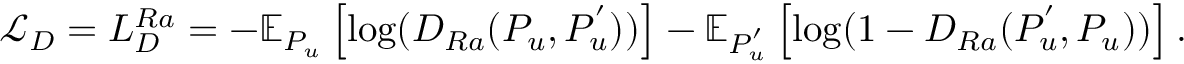
\mathcal { L } _ { D } = L _ { D } ^ { R a } = - \mathbb { E } _ { P _ { u } } \left[ \mathrm { l o g } ( D _ { R a } ( P _ { u } , P _ { u } ^ { ' } ) ) \right] - \mathbb { E } _ { P _ { u } ^ { ' } } \left[ \mathrm { l o g } ( 1 - D _ { R a } ( P _ { u } ^ { ' } , P _ { u } ) ) \right] .